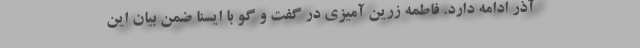
آذر ادامه دارد. فاطمه زرین آمیزی در گفت و گو با ایسنا ضمن بیان این